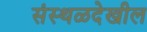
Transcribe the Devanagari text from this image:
संस्थळदेखील